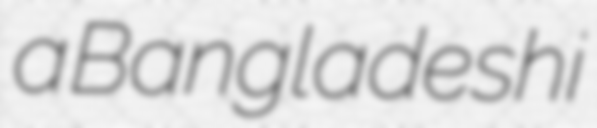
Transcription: a Bangladeshi